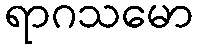
ရာဂသမော